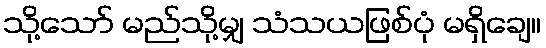
သို့သော် မည်သို့မျှ သံသယဖြစ်ပုံ မရှိချေ။